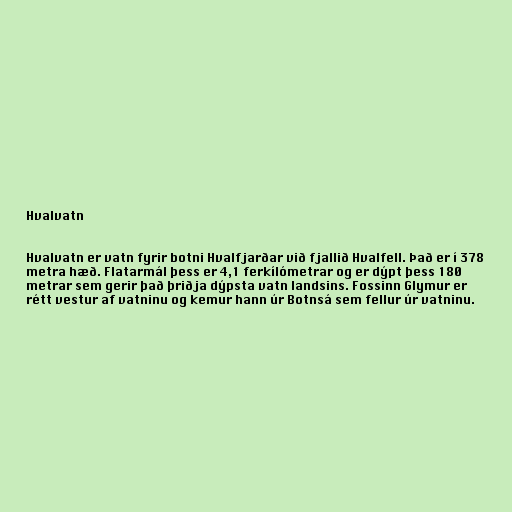
Hvalvatn

Hvalvatn er vatn fyrir botni Hvalfjarðar við fjallið Hvalfell. Það er í 378
metra hæð. Flatarmál þess er 4,1 ferkílómetrar og er dýpt þess 180
metrar sem gerir það þriðja dýpsta vatn landsins. Fossinn Glymur er
rétt vestur af vatninu og kemur hann úr Botnsá sem fellur úr vatninu.